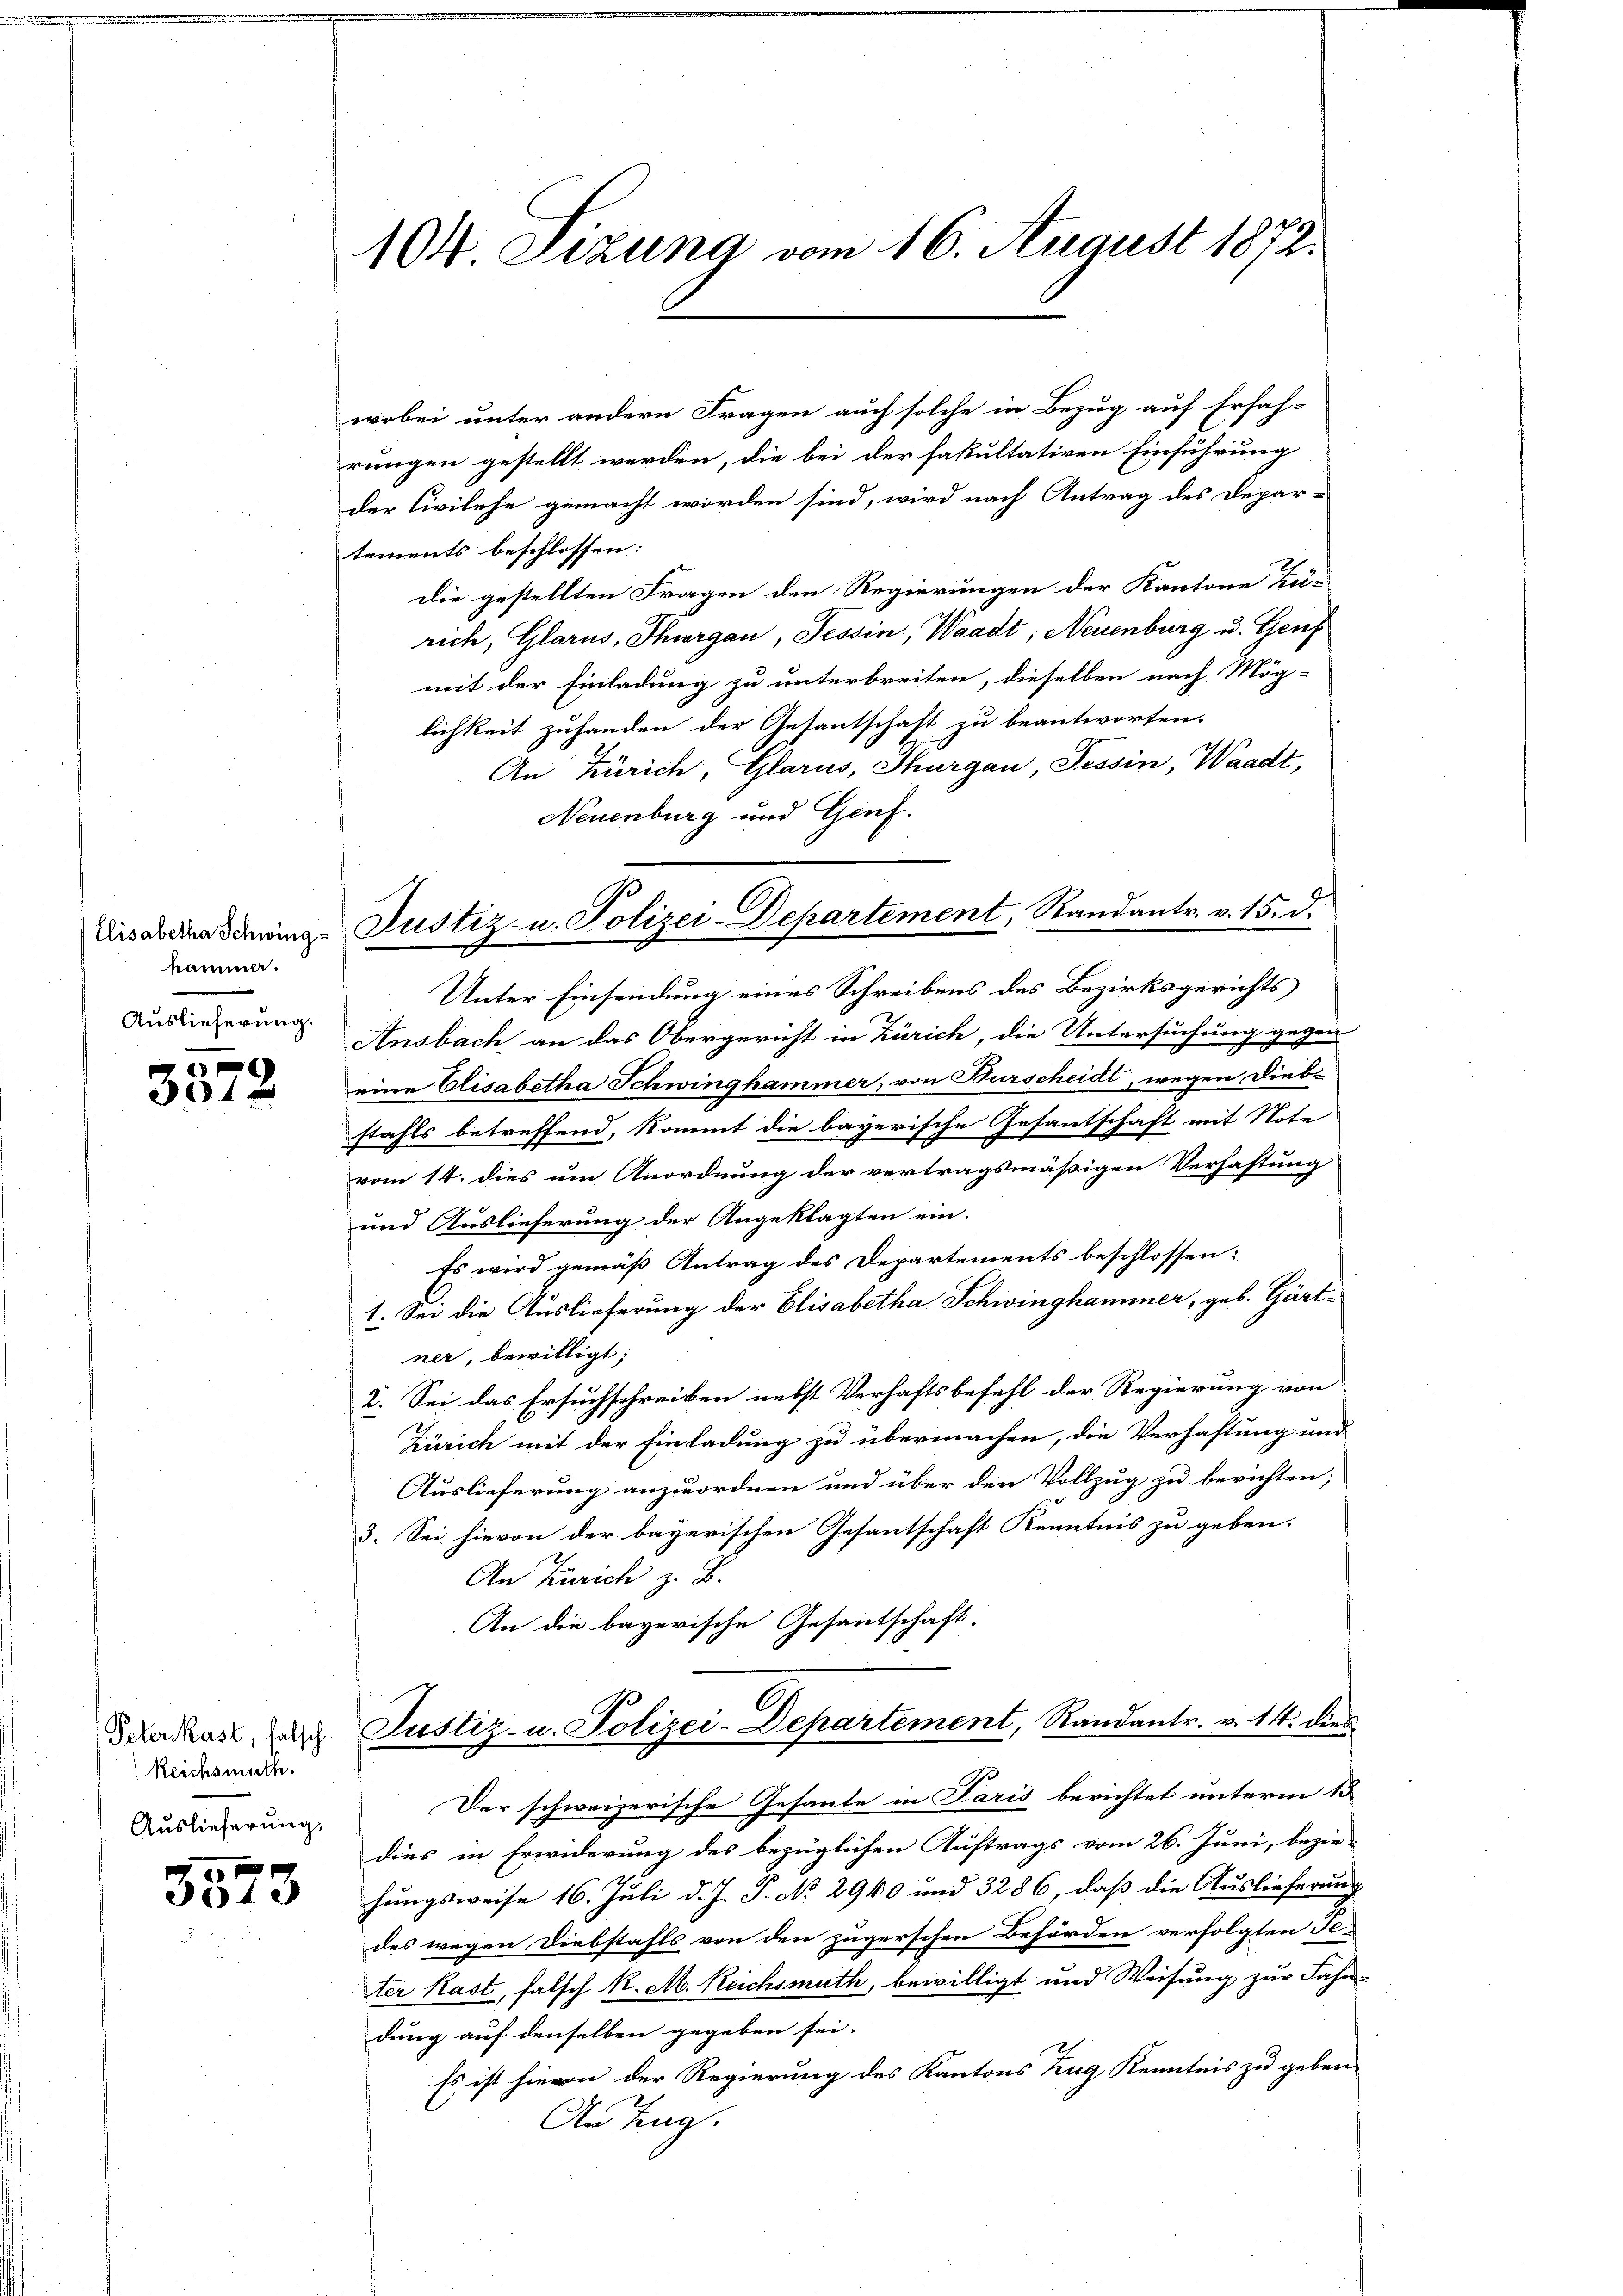
Elisabetha Schwing
hammer.
Auslieferung.

3312

Reichsmuth.
Auslieferung,

5573

104. Sizung vom 16. August 1872.

wobei unter andern Fragen auch solche in Bezug auf Erfah-
rungen gestellt werden, die bei der fakultativen Einführung
der Civilehe gemacht worden sind, wird nach Antrag des Depar-
tements beschlossen:
die gestellten Fragen den Regierungen der Kantone Zu-
rich, Glarus, Thurgau, Tessin, Waadt, Neuenburg u. Genf
mit der Einladung zu unterbreiten, dieselben nach Mög-
lichkeit zuhanden der Gesantschaft zu beantworten.
An Zürich, Glarus, Thurgau, Tessin, Waadt,
Neuenburg und Genf.
Unter Einsendung eines Schreibens des Bezirksgerichts
Ansbach an das Obergericht in Zürich, die Untersuchung gegen
eine Elisabetha Schwinghammer, von Burscheidt, wegen Diebstahls betreffend, kommt die bayerische Gesantschaft mit Note
vom 14. dies um Anordnung der vertragsmäßigen Verhaftung
und Auslieferung der Angeklagten ein-
Es wird gemäß Antrag des Departements beschlossen:
1. Sei die Auslieferung der Elisabetha Schwinghammer, geb. Gärtner, bewilligt:
2. Sei das Ersuchschreiben nebst Verhaftsbefehl der Regierung von
Zürich mit der Einladung zu übermachen, die Verhaftung und
Auslieferung anzuordnen und über den Vollzug zu berichten;
3. Sei hievon der bayerischen Gesantschaft Kenntnis zu geben.
An Zürich z. B.
An die bayerische Gesantschaft.
Scadast auch Justiz- u. Polizei-Departement, Randantr. v. 14. dies
Der schweizerische Gesante in Paris berichtet unterm 13.
dies in Erwiderung des bezüglichen Auftrags vom 26. Juni, bezie-
hungsweise 16. Juli d. J. P. No 2940 und 3286, daß die Auslieferung
des wegen Diebstahls von den zugerschen Behörden verfolgten Je-
ter Kast, falsch K. M. Reichsmuth, bewilligt und Weisung zur Fahn-
dung auf denselben gegeben sei.
Es ist hievon der Regierung des Kantons Zug Kenntnis zu geben.
Anting.

Justiz- u. Polizei-Departement, Randantr. v. 15. d.